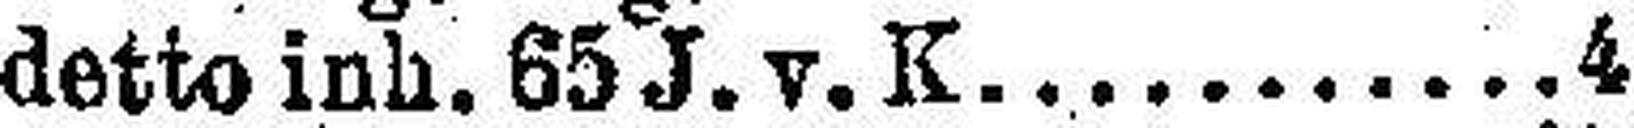
detto inh. 65 J. v. K 4